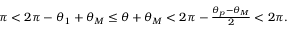
\begin{array} { r } { \pi < 2 \pi - \theta _ { 1 } + \theta _ { M } \le \theta + \theta _ { M } < 2 \pi - \frac { \theta _ { p } - \theta _ { M } } { 2 } < 2 \pi . } \end{array}